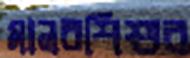
মানবশিশুর